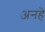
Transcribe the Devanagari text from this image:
अनहे